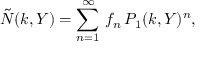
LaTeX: { \tilde { N } } ( k , Y ) = \sum _ { n = 1 } ^ { \infty } \, f _ { n } \, P _ { 1 } ( k , Y ) ^ { n } ,